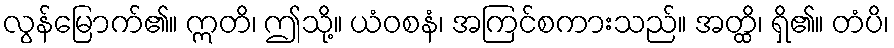
လွန်မြောက်၏။ ဣတိ၊ ဤသို့။ ယံဝစနံ၊ အကြင်စကားသည်။ အတ္ထိ၊ ရှိ၏။ တံပိ၊